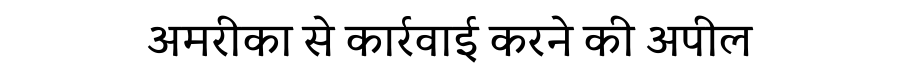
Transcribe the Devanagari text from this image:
अमरीका से कार्रवाई करने की अपील